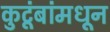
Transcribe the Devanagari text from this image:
कुटूंबांमधून